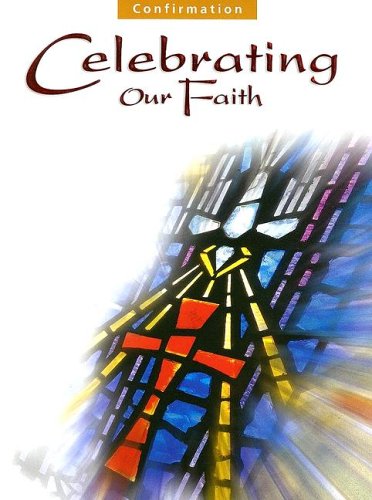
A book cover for Confirmation: Celebrating Our Faith; Hanrahan; Christian Books & Bibles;